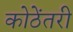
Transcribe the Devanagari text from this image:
कोठेंतरी